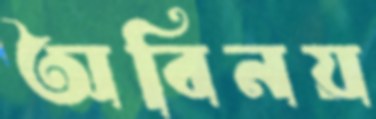
অবিনয়